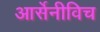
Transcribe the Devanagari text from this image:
आर्सेनीविच